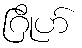
ဂြိုဟ်